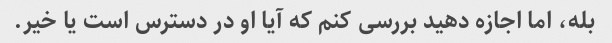
بله، اما اجازه دهید بررسی کنم که آیا او در دسترس است یا خیر.